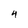
Character: 4